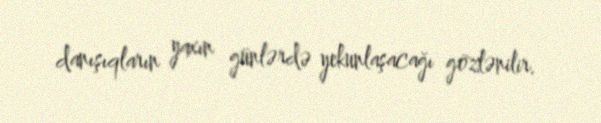
danışıqların yaxın günlərdə yekunlaşacağı gözlənilir.